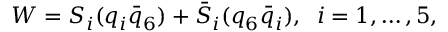
W = S _ { i } ( q _ { i } \bar { q } _ { 6 } ) + \bar { S } _ { i } ( q _ { 6 } \bar { q } _ { i } ) , \; \; i = 1 , \ldots , 5 ,